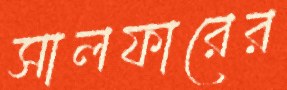
সালফারের